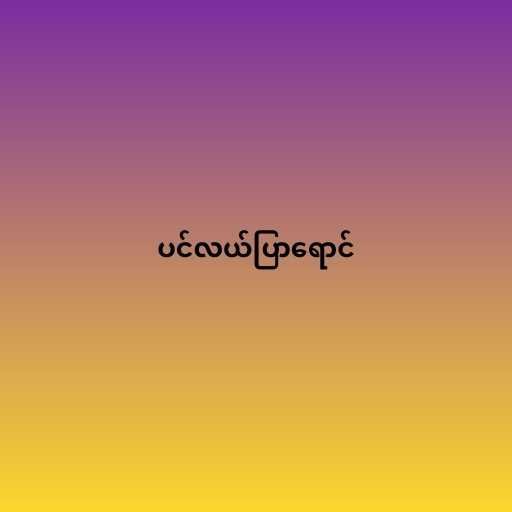
ပင်လယ်ပြာရောင်